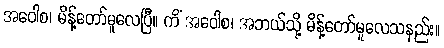
အဝေါစ၊ မိန့်တော်မူလေပြီ။ ကိံ အဝေါစ၊ အဘယ်သို့ မိန့်တော်မူလေသနည်း။